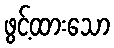
ဖွင့်ထားသော